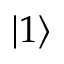
| 1 \rangle